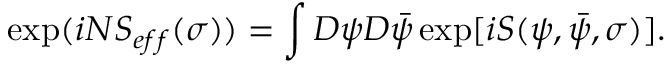
\exp ( i N S _ { e f f } ( \sigma ) ) = \int D \psi D \bar { \psi } \exp [ i S ( \psi , \bar { \psi } , \sigma ) ] .